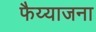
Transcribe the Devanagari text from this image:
फैय्याजना